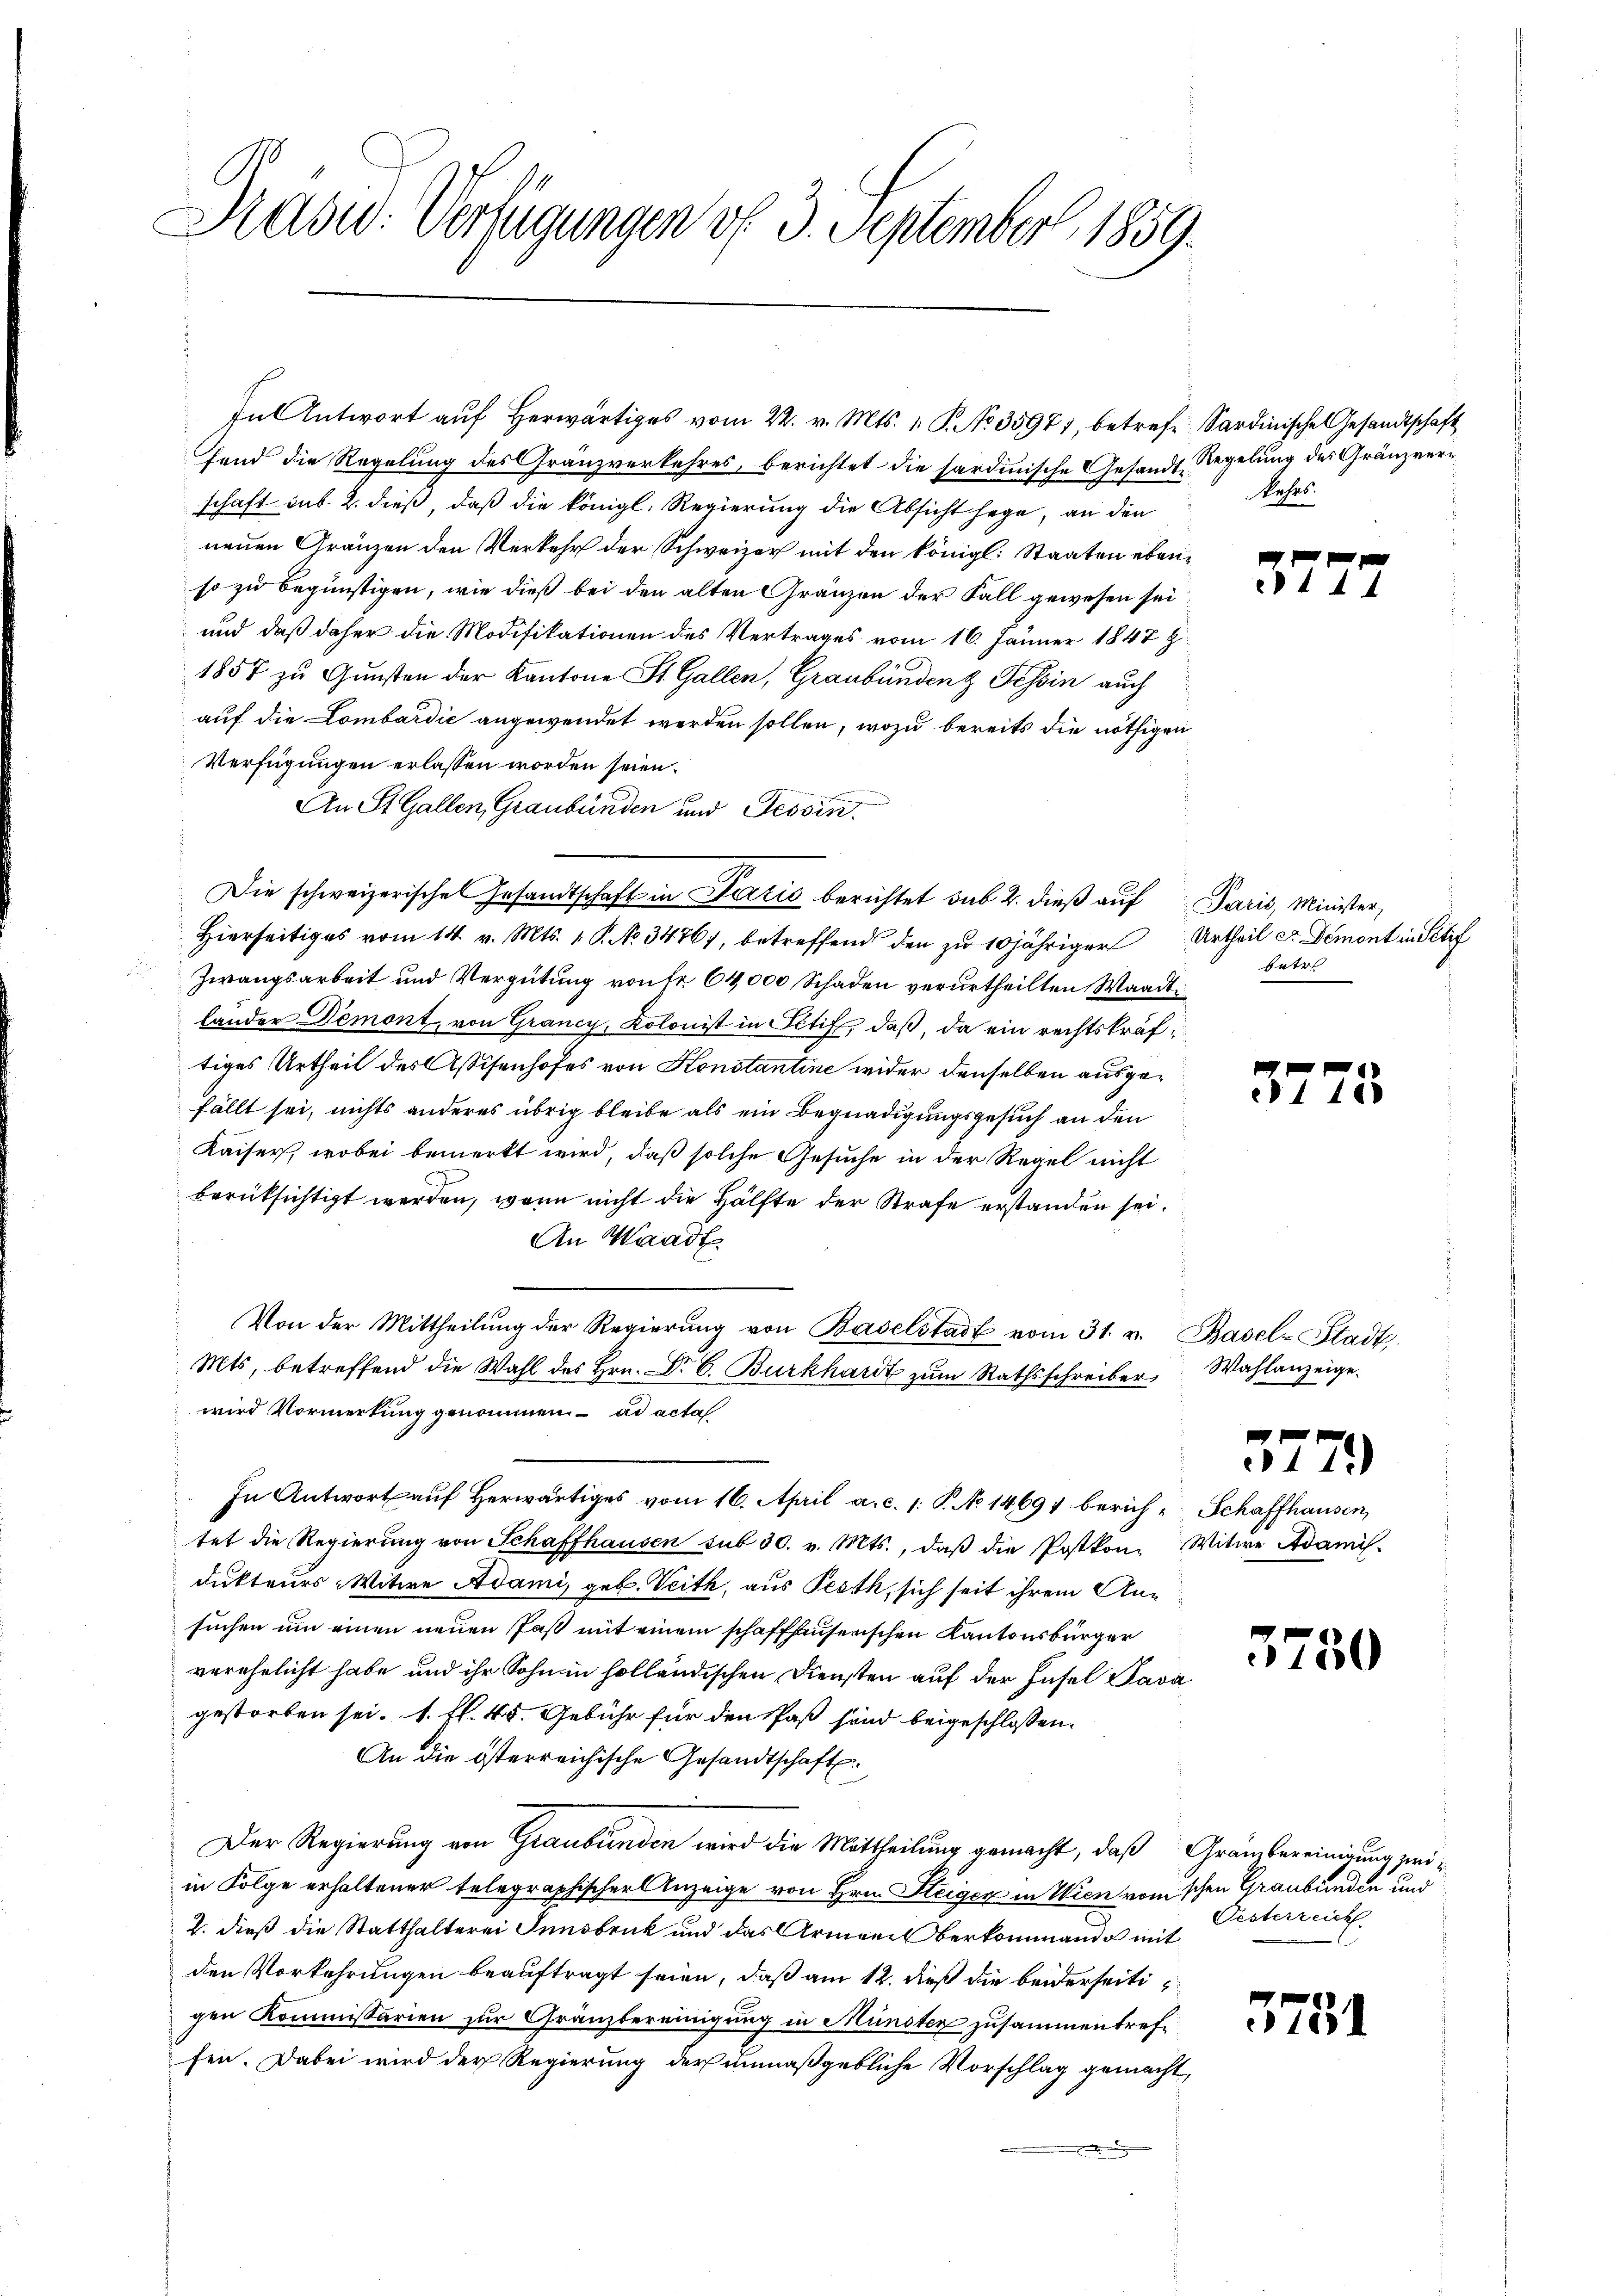
Präsid. Verfügungen v. 3. September 1859.

In Antwort aŭf herwärtiges vom 22. v. Mts. 1. P. No. 35971, betref Sardinische Gesandtschaft
fend die Regelung des Gränzverkehres, berichtet die sardinische Gesandt, Regelung des Gränzverschaft aus 2. dieß, daß die königl. Regierung die Absicht hege, an den
neuen Gränzen den Verkehr der Schweizer mit den königl. Staaten ebenso zu begünstigen, wie dieß bei den alten Gränzen der Fall gewesen sei
und daß daher die Modifikationen des Vertrages vom 16. Jänner 1847 z
1857 zu Gunsten der Kantone St. Gallen, Graubündenz Tessin auch
auf die Lombardić angewendet werden sollen, wozu bereits die nöthigen
Verfügungen erlassen worden seien.
An St. Gallen, Graubünden und Tessin.
Die schweizerisches Gesandtschaft in Darčić berichtet sub 2. dieß auf Paris, Minister,
Hierseitiges vom 14. v. Mts. 1. P. No. 3476, betreffend den zŭ 10jähriger Urtheil es Demont in Stif
Zwangsarbeit und Vergütung von fr 64,000 Schaden verurtheilten Waadt
länder Demont, von Grancy, Kolonist in Stif, daß, da ein rechtskräftiges Urtheil des Aßisenhofes von Konstantine wider denselben ausgefällt sei, nichts anderes übrig bleibe als ein Begnadigungsgesuch an den
Kaiser, wobei bemerkt wird, daß solche Gesuche in der Regel nicht
berücksichtigt werden, wenn nicht die Hälfte der Strafe erstanden sei.
An Waadt
Von der Mittheilŭng der Regierŭng von Baselstadt vom 31. v. Basel-Stadt.
Mts, betreffend die Wahl des Hrn. Dr. C. Burkhardt zŭm Rathsschreiber, Wahlanzeige-
wird Vormerkung genommen ad acta
In Antwort auf herwärtiges vom 16. April a. c. 1. P. No 14694 berich-Schaffhausen,
tet die Regierŭng von Schaffhausen sub 30. v. Mts., daβ die Postkon- Witwe Adamis-
dukteurs Witwe Adami, geb. Veith, aus Pesth, sich seit ihrem Ansuchen um einen neuen Paß mit einem schaffhauserischen Kantonsbürger
verehelicht habe und ihr Sohn in holländischen Diensten auf der Insel Sava
gestorben sei. 1. fl. 45. Gebühr für den Paß sind beigeschlossen:
An die österreichische Gesandtschaft.
Der Regierung von Graubünden wird die Mittheilung gemacht, daß Grämbereinigung zweiin Folge erhaltener telegraphischer Anzeige von Hrn. Steiger in Wien vom schen Graubünden und
2. dieß die Statthalterei Innsbruck und das Armen berkommando mit
den Vorkehrungen beauftragt seien, daß am 12. dieß die beiderseitigen Kommissarien zur Gränzbereinigung in Münster zusammentreffen. Dabei wird der Regierung der unmaßgebliche Vorschlag gemacht,

kehrs.

37

Entre

37

1

3779)

3750

Oesterreich

5731